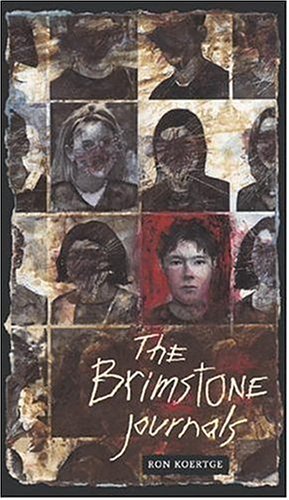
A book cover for The Brimstone Journals; Ron Koertge; Teen & Young Adult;